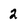
Character: 2